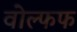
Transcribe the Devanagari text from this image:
वोल्फफ